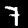
Digit: 7